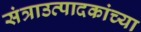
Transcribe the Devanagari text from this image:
संत्राउत्पादकांच्या